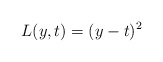
\begin{align*}L(y, t) = (y - t)^2 \end{align*}